Indian journal of veterinary science and animal husbandry - Volumes 28-29, 1958-1959
Year: 1958
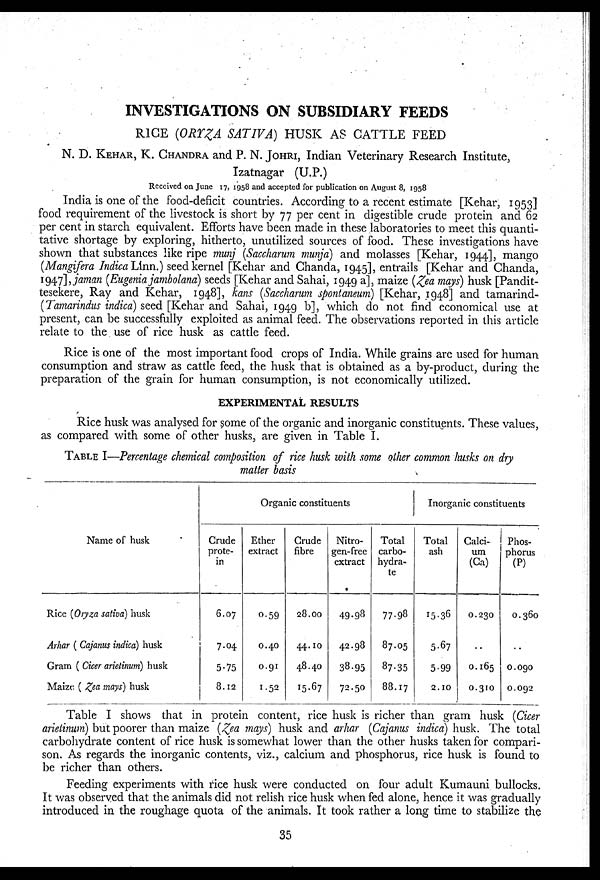
INVESTIGATIONS ON SUBSIDIARY FEEDS
RICE (ORYZA SATIVA) HUSK AS CATTLE FEED
N. D. KEHAR, K. CHANDRA and P. N. JOHRI, Indian Veterinary Research Institute,
Izatnagar (U.P.)
Received on June 17, 1958 and accepted for publication on August 8, 1958
India is one of the food-deficit countries. According to a recent estimate [Kehar, 1953]
food requirement of the livestock is short by 77 per cent in digestible crude protein and 62
per cent in starch equivalent. Efforts have been made in these laboratories to meet this quanti-
tative shortage by exploring, hitherto, unutilized sources of food. These investigations have
shown that substances like ripe munj (Saccharum munja) and molasses [Kehar, 1944], mango
(Mangifera Indica Linn.) seed kernel [Kehar and Chanda, 1945], entrails [Kehar and Chanda,
1947], jaman (Eugenia jambolana) seeds [Kehar and Sahai, 1949 a], maize (Zea mays) husk [Pandit-
tesekere, Ray and Kehar, 1948], kans (Saccharum spontaneum) [Kehar, 1948] and tamarind-
(Tamarindus indica) seed [Kehar and Sahai, 1949 b], which do not find economical use at
present, can be successfully exploited as animal feed. The observations reported in this article
relate to the use of rice husk as cattle feed.
Rice is one of the most important food crops of India. While grains are used for human
consumption and straw as cattle feed, the husk that is obtained as a by-product, during the
preparation of the grain for human consumption, is not economically utilized.
EXPERIMENTAL RESULTS
Rice husk was analysed for some of the organic and inorganic constituents. These values,
as compared with some of other husks, are given in Table I.
TABLE I—Percentage chemical composition of rice husk with some other common husks on dry
matter basis
Name of husk
Rice (Oryza sativa) husk
Arhar ( Cajanus indica) husk
Gram ( Cicer arietinum) husk
Maize ( Zea mays) husk
Organic constituents
Crude
prote-
in
6.07
7.04
5.75
8.12
Ether
extract
0.59
0.40
0.91
1.52
Crude
fibre
28.00
44.10
48.40
15.67
Nitro-
gen-free
extract
49.98
42.98
38.95
72.50
Total
carbo-
hydra-
te
77.98
87.05
87.35
88.17
Inorganic constituents
Total
ash
15.36
5.67
5.99
2.10
Calci-
um
(Ca)
0.230
..
0.165
0.310
Phos-
phorus
(P)
0.360
..
0.090
0.092
Table I shows that in protein content, rice husk is richer than gram husk (Cicer
arietinum) but poorer than maize (Zea mays) husk and arhar (Cajanus indica) husk. The total
carbohydrate content of rice husk is somewhat lower than the other husks taken for compari-
son. As regards the inorganic contents, viz., calcium and phosphorus, rice husk is found to
be richer than others.
Feeding experiments with rice husk were conducted on four adult Kumauni bullocks.
It was observed that the animals did not relish rice husk when fed alone, hence it was gradually
introduced in the roughage quota of the animals. It took rather a long time to stabilize the
35